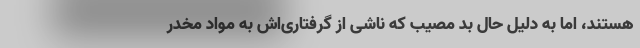
هستند، اما به دلیل حال بد مصیب که ناشی از گرفتاری‌اش به مواد مخدر